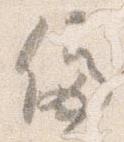
停